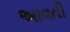
અાવતી